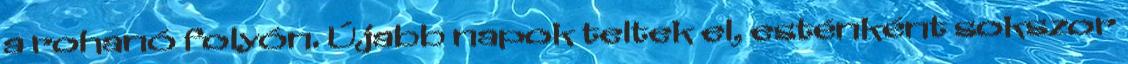
a rohanó folyón. Újabb napok teltek el, esténként sokszor